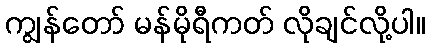
ကျွန်တော် မန်မိုရီကတ် လိုချင်လို့ပါ။